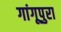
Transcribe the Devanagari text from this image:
गांगूपुरा